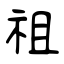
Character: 祖